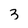
Character: 3